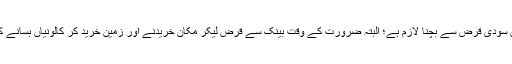
۸- حتی الامکان سودی قرض سے بچنا لازم ہے؛ البتہ ضرورت کے وقت بینک سے قرض لیکر مکان خریدنے اور زمین خرید کر کالونیاں بسانے کی گنجائش ہے۔